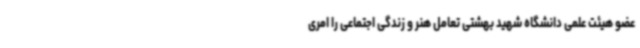
عضو هیئت علمی دانشگاه شهید بهشتی تعامل هنر و زندگی اجتماعی را امری